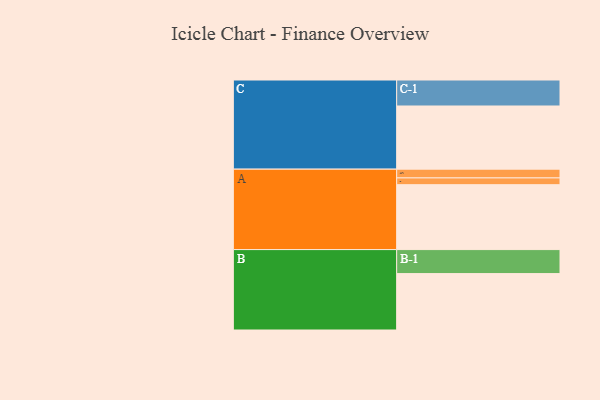
{"axis": {"x": "Segment", "y": "Value"}, "legend": ["", "A", "B", "C"], "data": [{"x": "A", "y": 527, "type": ""}, {"x": "B", "y": 458, "type": ""}, {"x": "C", "y": 513, "type": ""}, {"x": "A-1", "y": 71, "type": "A"}, {"x": "A-2", "y": 55, "type": "A"}, {"x": "B-1", "y": 195, "type": "B"}, {"x": "C-1", "y": 211, "type": "C"}]}